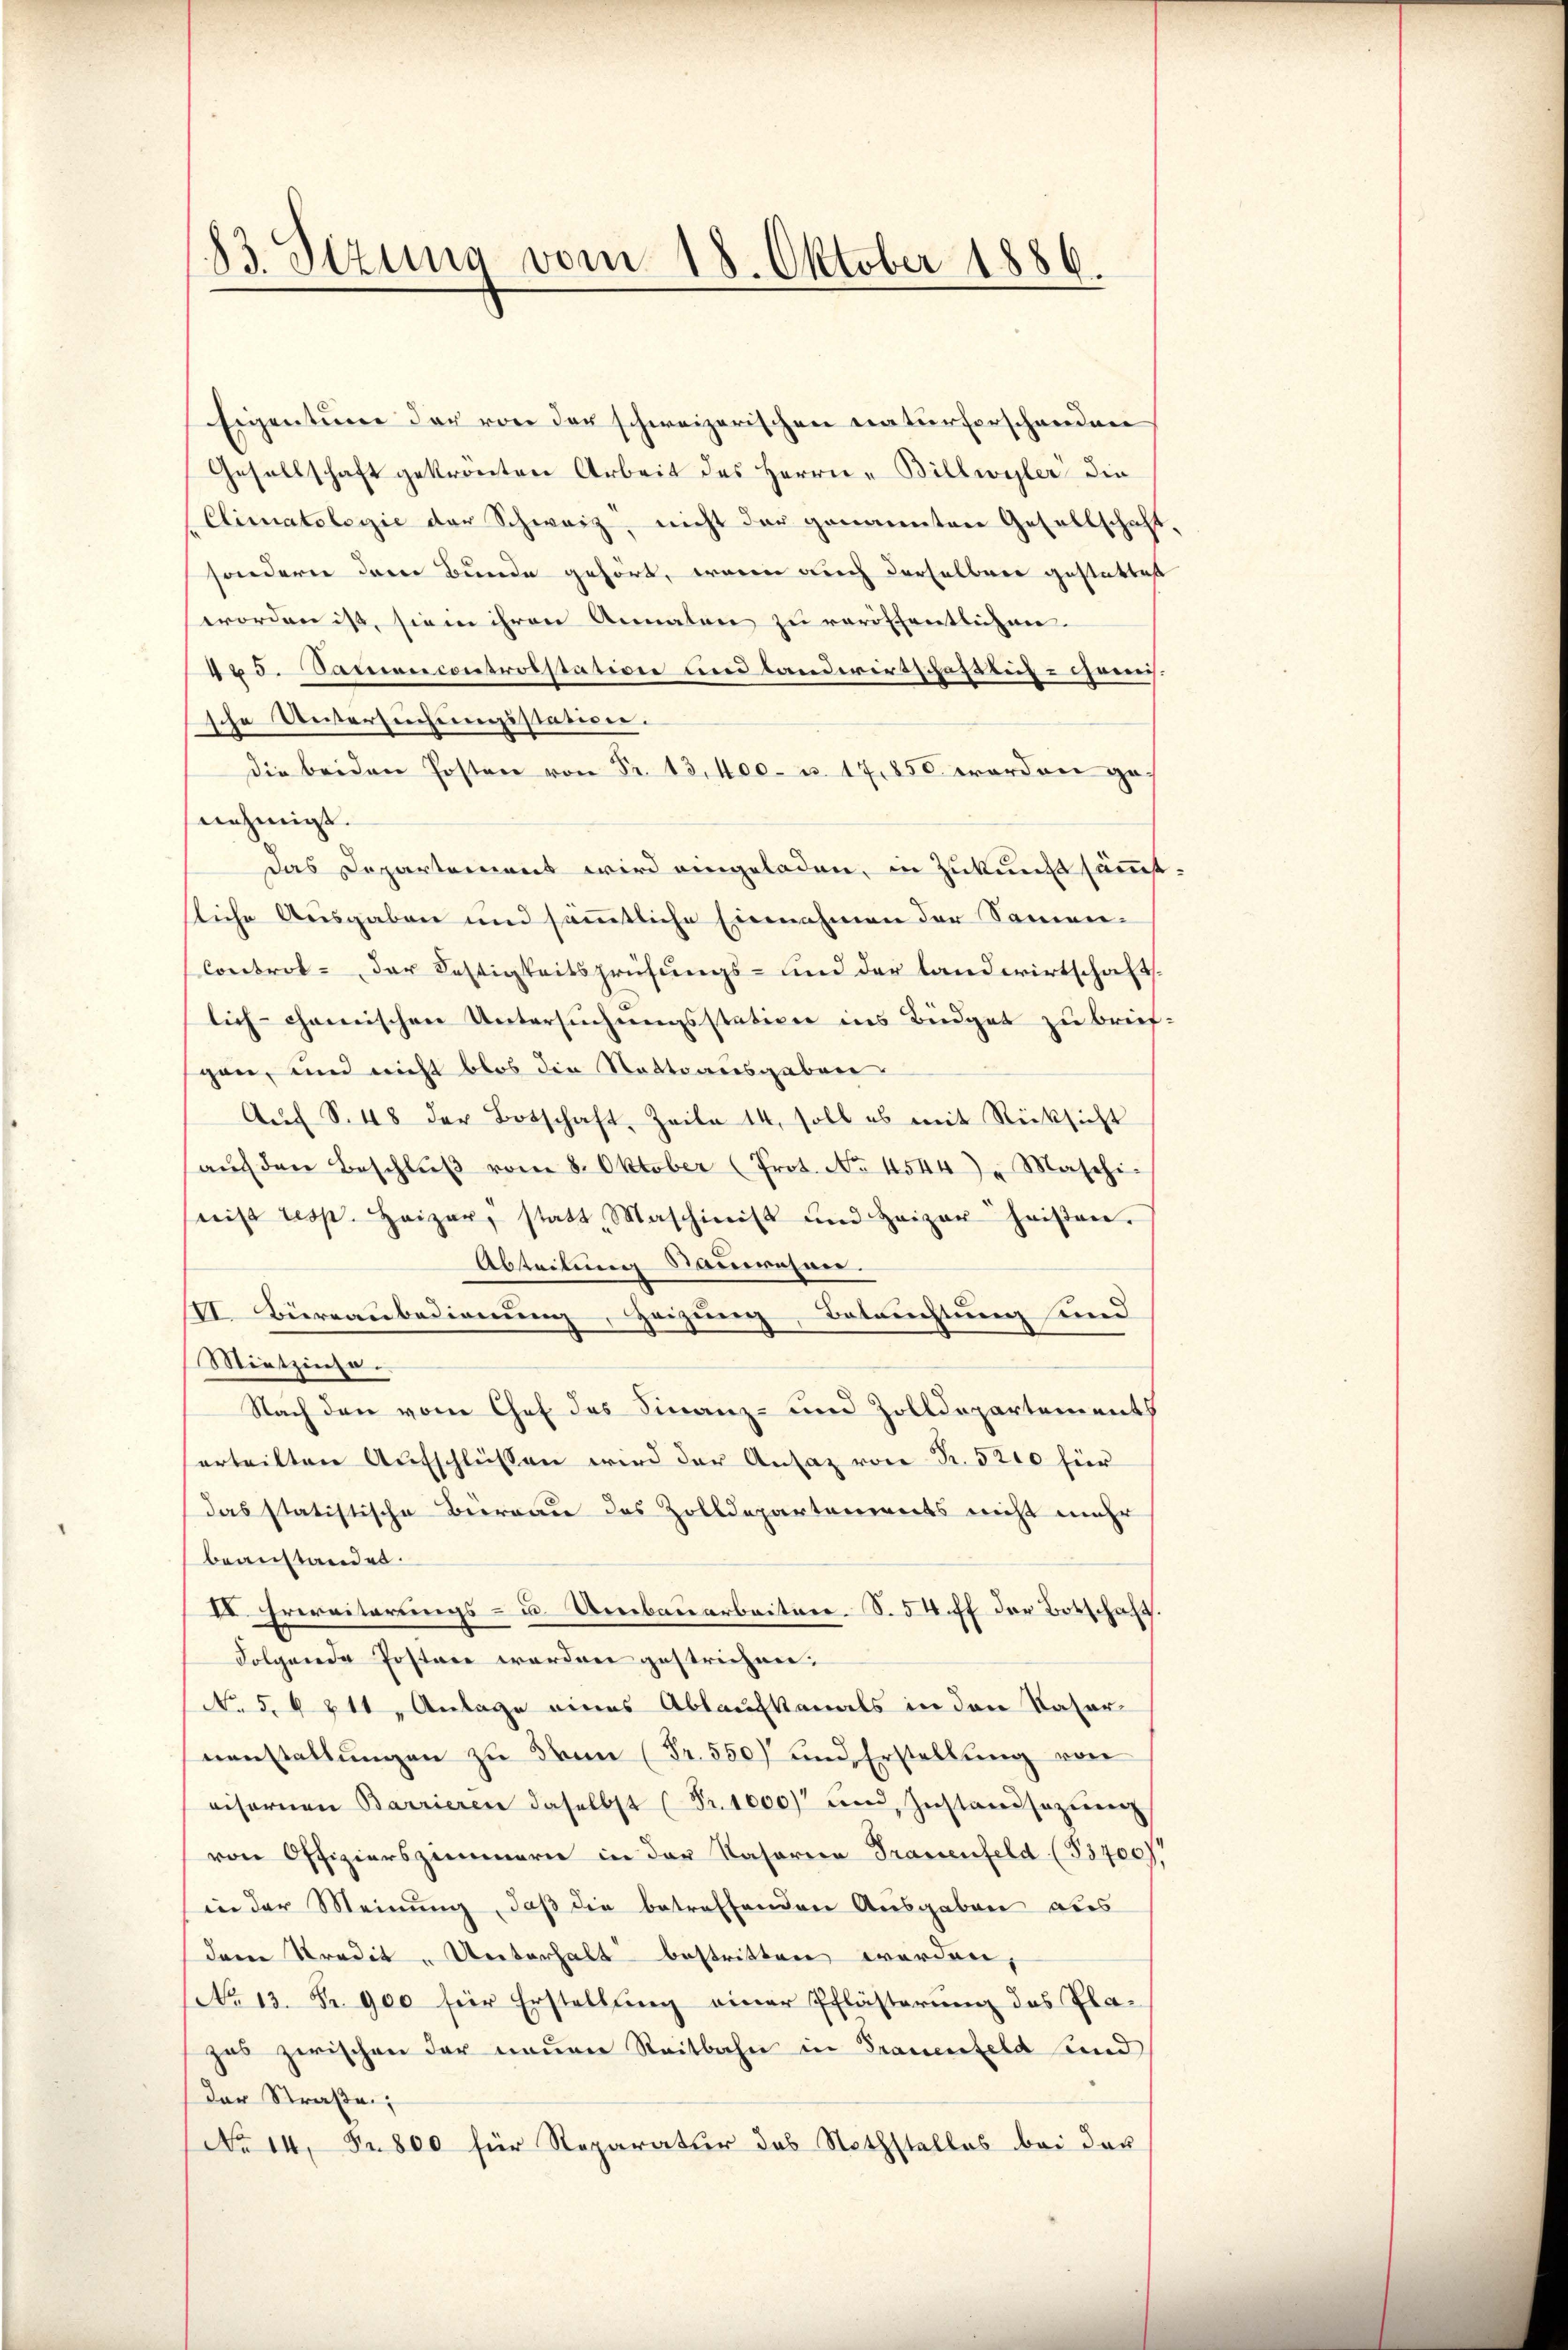
83. Sizung vom 18. Oktober 1886.

Eigentum der von der schweizerischen naturforschandene
Gesellschaft gekrönten Arbeit des Herrn Billwyler die
Climatologie der Schweiz, nicht der genannten Gesellschaft
sondern den Bunde gehört, worin auch derselben gestattet
worden ist, sie in ihren Annaten zu veröffentlichen.
465. Samencontroistation und landwirtschaftlich & eins.
sche Untersuchungsstation.
die beiden Posten von Fr. 13,100 u. 17,850 worden ge
nehmigt.
das Departement wird eingeladen, in Zukunft sämmt
liche Ausgaben und sämmtliche Einnahmen der Samen-
Control- der Festigkeitsprüfungs- und der landwirtschaft.
lich chanischen Untersuchungsstation ins Büdget zu brief
gen, und nicht blos die Nottoausgaben
Aŭf S. 48 der Botschaft, Zeile 14, soll es mit Rücksicht
aŭf den Beschlŭβ vom 8. Oktober (Prot. No. 4544), Maschi-
nis resp. Heizer, statt, Maschinist und Heizer heißen.
Abteilung Sammrasen.
VI. Büreaubedienung, Zeigung, Betrachtung sind
Mietzinse.
Nach den vom Chef des Finanz- und Zolldepartements
erteilten Aŭfschlüssen wird der Ansaz von Fr. 5200 für
das statistische Beereau des Zolldepartements nicht mehr
beanstandes.
II. Freiterungs- u. Umbauarbeiten. S. 54 ff. der Botschaft.
Folgende Posten werden gestrichen.
No. 5. § 211, Anlage eines Ablaufkanals in den Kasernanstallungen zu dann (Fr. 550) und Erstellung von
visorian Barrieren daselbst Fr. 1000) und Zustandsazung
von Offizierszimmern in der Kasoria Trauenfeld (13700),
in der Meinung, daß die betreffenden Ausgaben aus
dem Stredit - Unterhalt bestritten werden,
No 13. Fr. 900 für Erstellung einer Pflästerung des Pla-
zes zwischen der neuen Reitbahn in Frauenfeld und
Der Straßen;
No 14. Fr. 800 für Reparatur das Nothstalles bei der